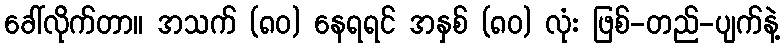
ခေါ်လိုက်တာ။ အသက် (၈၀) နေရရင် အနှစ် (၈၀) လုံး ဖြစ်-တည်-ပျက်နဲ့